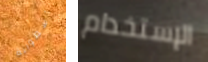
أسطوانة الإستخدام